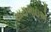
સારાભાઇએ